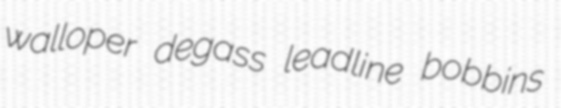
walloper degass leadline bobbins